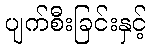
ပျက်စီးခြင်းနှင့်